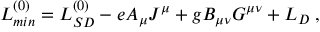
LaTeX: { \cal L } _ { m i n } ^ { ( 0 ) } = { \cal L } _ { S D } ^ { ( 0 ) } - e A _ { \mu } J ^ { \mu } + g B _ { \mu \nu } G ^ { \mu \nu } + { \cal L } _ { D } \; ,